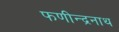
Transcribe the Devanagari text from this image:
फणीन्द्रनाथ